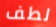
لطف